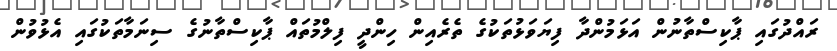
ރައްދުގައި ޕާކިސްތާނުން އަޅަމުންދާ ފިޔަވަޅުތަކުގެ ތެރެއިން ހިންދީ ފިލްމުތައް ޕާކިސްތާނުގެ ސިނަމާތަކުގައި އެޅުވުން